Vaccination in the Punjab 1867-1880 - 1867-1880
Year: 1867
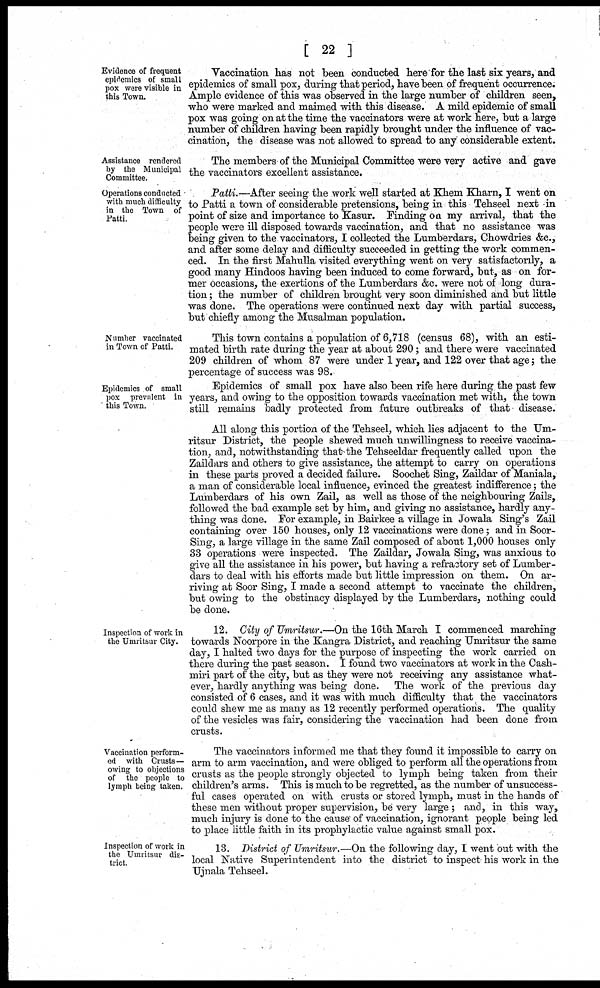
[ 22 ]
Evidence of frequent
epidemics of small
pox were visible in
this Town.
Vaccination has not been conducted here for the last six years, and
epidemics of small pox, during that period, have been of frequent occurrence.
Ample evidence of this was observed in the large number of children seen,
who were marked and maimed with this disease. A mild epidemic of small
pox was going on at the time the vaccinators were at work here, but a large
number of children having been rapidly brought under the influence of vac-
cination, the disease was not allowed to spread to any considerable extent.
Assistance rendered
by the Municipal
Committee.
The members of the Municipal Committee were very active and gave
the vaccinators excellent assistance.
Operations conducted
with much difficulty
in the Town of
Patti.
Patti.—After seeing the work well started at Khem Kharn, I went on
to Patti a town of considerable pretensions, being in this Tehseel next in
point of size and importance to Kasur. Finding on my arrival, that the
people were ill disposed towards vaccination, and that no assistance was
being given to the vaccinators, I collected the Lumberdars, Chowdries &c.,
and after some delay and difficulty succeeded in getting the work commen-
ced. In the first Mahulla visited everything went on very satisfactorily, a
good many Hindoos having been induced to come forward, but, as on for-
mer occasions, the exertions of the Lumberdars &c. were not of long dura-
tion; the number of children brought very soon diminished and but little
was done. The operations were continued next day with partial success,
but chiefly among the Musalman population.
Number vaccinated
in Town of Patti.
This town contains a population of 6,718 (census 68), with an esti-
mated birth rate during the year at about 290; and there were vaccinated
209 children of whom 87 were under 1 year, and 122 over that age; the
percentage of success was 98.
Epidemics of small
pox prevalent in
this Town.
Epidemics of small pox have also been rife here during the past few
years, and owing to the opposition towards vaccination met with, the town
still remains badly protected from future outbreaks of that disease.
All along this portion of the Tehseel, which lies adjacent to the Um-
ritsur District, the people shewed much unwillingness to receive vaccina-
tion, and, notwithstanding that the Tehseeldar frequently called upon the
Zaildars and others to give assistance, the attempt to carry on operations
in these parts proved a decided failure. Soochet Sing, Zaildar of Maniala,
a man of considerable local influence, evinced the greatest indifference; the
Lumberdars of his own Zail, as well as those of the neighbouring Zails,
followed the bad example set by him, and giving no assistance, hardly any-
thing was done. For example, in Bairkee a village in Jowala Sing's Zail
containing over 150 houses, only 12 vaccinations were done; and in Soor-
Sing, a large village in the same Zail composed of about 1,000 houses only
33 operations were inspected. The Zaildar, Jowala Sing, was anxious to
give all the assistance in his power, but having a refractory set of Lumber-
dars to deal with his efforts made but little impression on them. On ar-
riving at Soor Sing, I made a second attempt to vaccinate the children,
but owing to the obstinacy displayed by the Lumberdars, nothing could
be done.
Inspection of work in
the Umritsur City.
12. City of Umritsur.—On the 16th March I commenced marching
towards Noorpore in the Kangra District, and reaching Umritsur the same
day, I halted two days for the purpose of inspecting the work carried on
there during the past season. I found two vaccinators at work in the Cash-
miri part of the city, but as they were not receiving any assistance what-
ever, hardly anything was being done. The work of the previous day
consisted of 6 cases, and it was with much difficulty that the vaccinators
could shew me as many as 12 recently performed operations. The quality
of the vesicles was fair, considering the vaccination had been done from
crusts.
Vaccination perform-
ed with Crusts—
owing to objections
of the people to
lymph being taken.
The vaccinators informed me that they found it impossible to carry on
arm to arm vaccination, and were obliged to perform all the operations from
crusts as the people strongly objected to lymph being taken from their
children's arms. This is much to be regretted, as the number of unsuccess-
ful cases operated on with crusts or stored lymph, must in the hands of
these men without proper supervision, be very large; and, in this way,
much injury is done to the cause' of vaccination, ignorant people being led
to place little faith in its prophylactic value against small pox.
Inspection of work in
the Umritsur dis-
trict.
13. District of Umritsur. On the following day, I went out with the
local Native Superintendent into the district to inspect his work in the
Ujnala Tehseel.